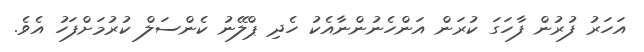
އަހަރު ފުރުން ފާހަގަ ކުރަން އަންހެނުންނާއެކު ހެދި ޕްލޭނު ކެންސަލް ކުރުމަށްފަހު އެވެ.